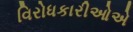
વિરોધકારીઓએ